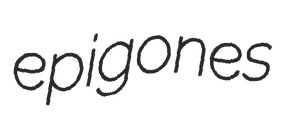
epigones